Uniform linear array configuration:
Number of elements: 24
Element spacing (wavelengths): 0.75
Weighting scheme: hamming
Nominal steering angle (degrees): -15
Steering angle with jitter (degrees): -16.945
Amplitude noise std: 0.05
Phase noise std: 0.05

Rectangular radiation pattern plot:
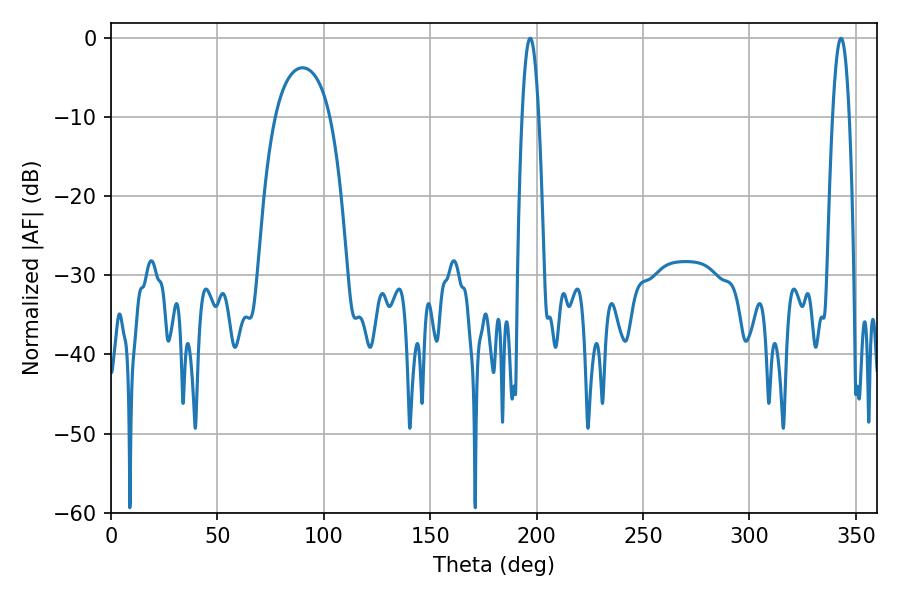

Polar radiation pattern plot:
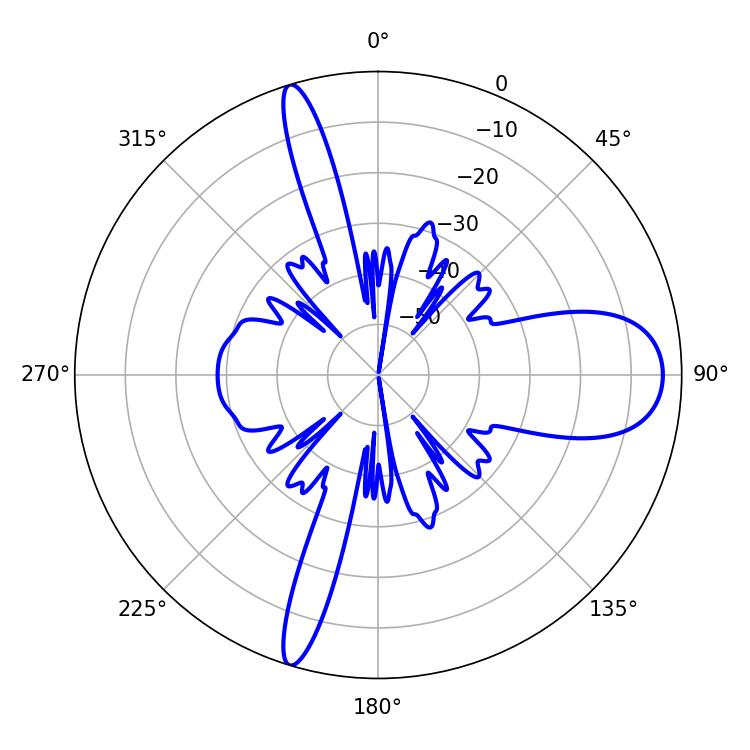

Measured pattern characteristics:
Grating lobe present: TRUE
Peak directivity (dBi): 13.354
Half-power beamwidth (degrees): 4.14
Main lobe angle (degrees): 196.92